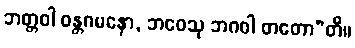
ဘတ္တဝါ ဝန္တဂမနော, ဘဝေသု ဘဂဝါ တတော”တိ။